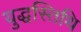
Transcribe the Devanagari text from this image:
युद्धस्तिथि